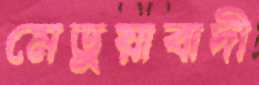
মেড়ুয়াবাদী